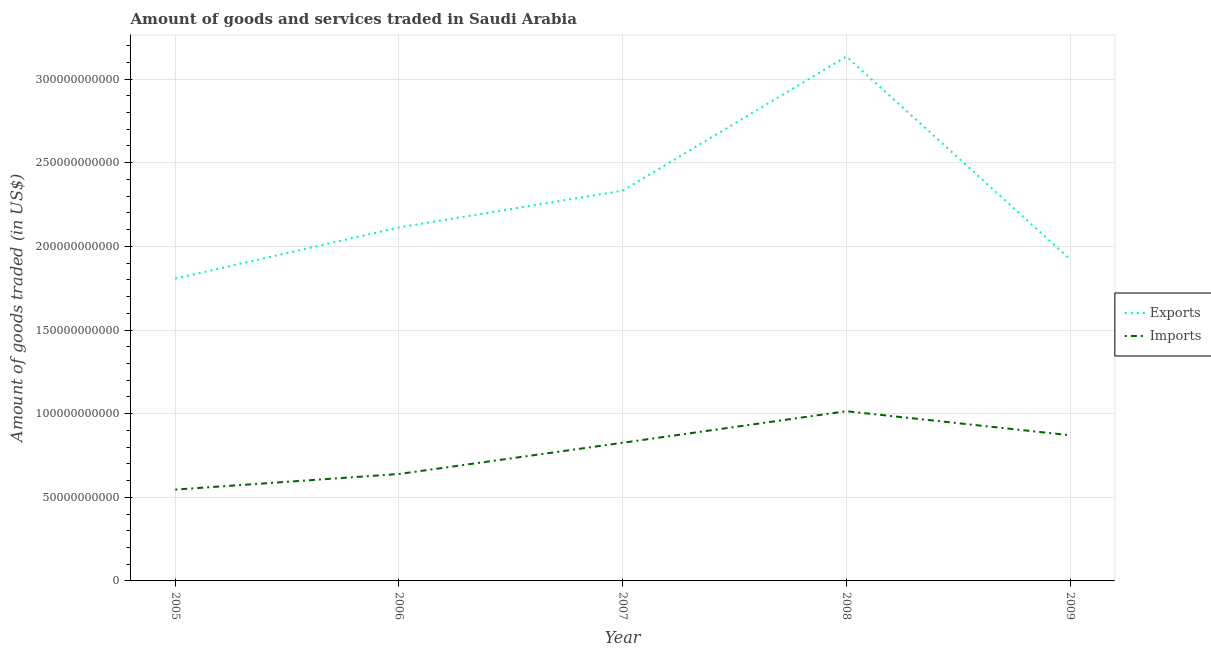
| Year | Exports | Imports |
 | --- | --- | --- |
 | 2005 | 1.81e+11 | 5.46e+10 |
 | 2006 | 2.11e+11 | 6.39e+10 |
 | 2007 | 2.33e+11 | 8.26e+10 |
 | 2008 | 3.13e+11 | 1.01e+11 |
 | 2009 | 1.92e+11 | 8.71e+10 |